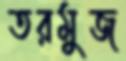
তরমুজ